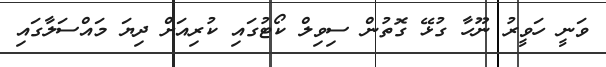
ވަނީ ހަވީރު ނޫހާ ގުޅޭ ގޮތުން ސިވިލް ކޯޓުގައި ކުރިއަށް ދިޔަ މައްސަލާގައި